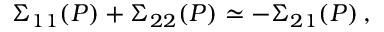
\Sigma _ { 1 1 } ( P ) + \Sigma _ { 2 2 } ( P ) \simeq - \Sigma _ { 2 1 } ( P ) \, ,